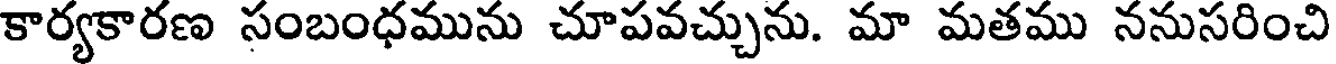
కార్యకారణ సంబంధమును చూపవచ్చును. మా మతము ననుసరించి